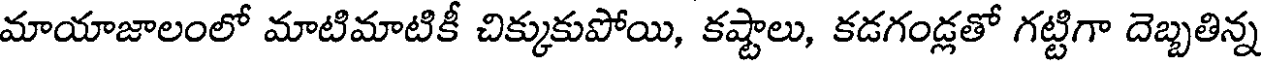
మాయాజాలంలో మాటిమాటికీ చిక్కుకుపోయి, కష్టాలు, కడగండ్లతో గట్టిగా దెబ్బతిన్న